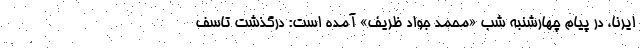
ایرنا، در پیام چهارشنبه شب «محمد جواد ظریف» آمده است: درگذشت تاسف